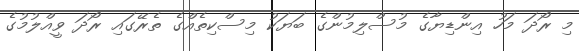
މި ރޯދަ މަހު އިންޑިޔާގެ މުސްލިމުންގެ ބަޔަކު މިސްކިތެއްގެ ތެރޭގައި ރޯދަ ވީއްލުމުގެ